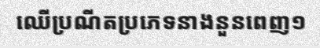
ឈើប្រណីតប្រភេទនាងនួនពេញ១